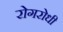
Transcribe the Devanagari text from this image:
रोगरोधी